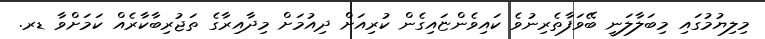
މިލިޔުމުގައި މިބަލާލަނީ ބޭވަފާތެރިނުވެ ކައިވެންޏައިގެން ކުރިއަށް ދިއުމަށް މިދާއިރާގެ ތަޖުރިބާކާރެއް ކަމަށްވާ ޑރ.